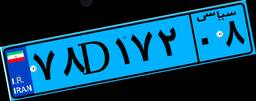
۷۸D۱۷۲۰۸